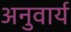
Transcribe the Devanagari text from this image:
अनुवार्य